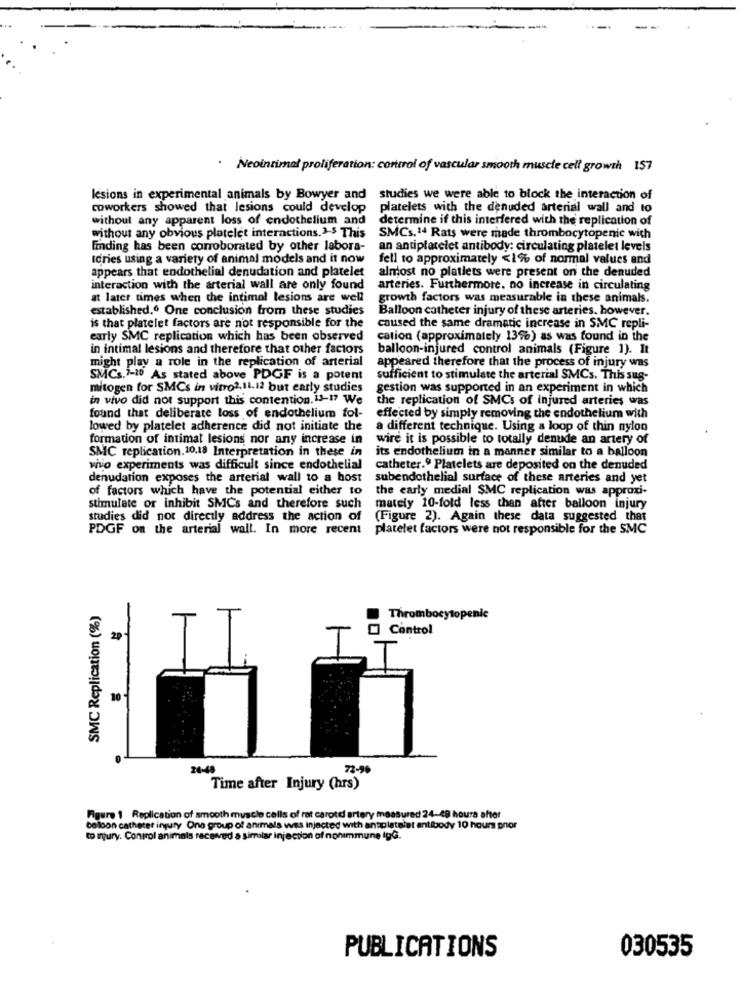
. Neointimal proliferation: control of vascular smooth muscle cell growth 157
lesions in experimental animals by Bowyer and studies we were able to block the interaction of
coworkers showed that lesions could develop
platelets with the denuded arterial wall and to
without any apparent loss of endothelium and
determine if this interfered with the replication of
without any obvious platelet interactions.2-$ This
SMCs.14 Rats were made thrombocytopenia with
Finding has been corroborated by other labora-
an antiplatelet antibody: circulating platelet levels
Icries using a variety of animal models and it now
fell to approximately <1% of normal values and
appears that endothelial denudation and platelet
almost no platiets were present on the denuded
interaction with the arterial wall are only found
arteries. Furthermore. no increase in circulating
at later times when the intimal lesions are well
growth factors was measurable in these animals.
established.º One conclusion from these studies
Balloon catheter injury of these arteries. however.
is that platelet factors are not responsible for the
caused the same dramatic increase in SMC repli-
early SMC replication which has been observed
cation (approximately 13%) as was found in the
in intimal lesions and therefore that other factors
balloon-injured control animals (Figure 1). It
might play a role in the replication of arterial
appeared therefore that the process of injury was
SMCs.1-10 As stated above PDGF is a potent
sufficient to stimulate the arterial SMCs. This sus-
mitogen for SMCs in vitro2.11.12 but early studies
gestion was supported in an experiment in which
in vivo did not support this contention. 13-17 We
the replication of SMCs of injured arteries was
found that deliberate loss of endothelium fol-
effected by simply removing the endothelium with
lowed by platelet adherence did not initiate the
a different technique. Using a loop of thin nylon
formation of intimat lesions nor any increase in
wire it is possible to totally denude an artery of
its endothelium in a manner similar to a balloon
SMIC replication. 10,18 Interpretation in these in
vnio experiments was difficult since endothelial
catheter.º Platelets are deposited on the denuded
denudation exposes the arterial wall to a host
subendothelial surface of these arteries and yet
of factors which have the potential either to
the early medial $MC replication was approxi-
stimulate or inhibit SMCs and therefore such
mately 10-fold less than after balloon injury
studies did not directly address the action of
(Figure 2). Again these data suggested that
PDGF on the arterial wall. In more recent platelet factors were not responsible for the SMC
SMC Replication (%)
Thrombocytopenia
Control
29
10
24-48
72-96
Time after Injury (hrs)
Faure 1 Replication of smooth muscle cells of rat carotid artery measured 24-48 hours after
balloon catheter injury One group of animals was injected with antiplatelet antibody 10 hours pnor
to Injury. Control animals raceved a similar injection of nonimmune lgG.
PUBLICATIONS
030535